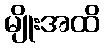
မျိုးအထိ